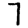
Digit: 7